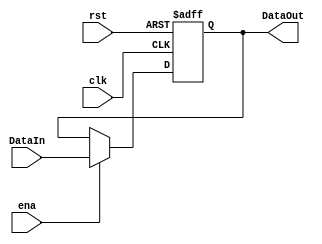
`timescale 1ns / 1ps
//////////////////////////////////////////////////////////////////////////////////

//////////////////////////////////////////////////////////////////////////////////
module Reg5bits(input clk,input rst,input ena,input [4:0] DataIn,output reg [4:0] DataOut);


always @(negedge clk, posedge rst)
	begin
		if (rst)
			DataOut = 5'b0;
		else
			begin
				if (ena)
					DataOut = DataIn;
			end
	end
endmodule